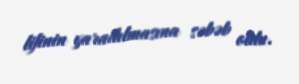
lifinin yaradılmasına səbəb oldu.